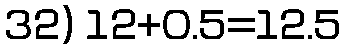
32) 12+0.5=12.5